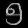
Digit: ၅